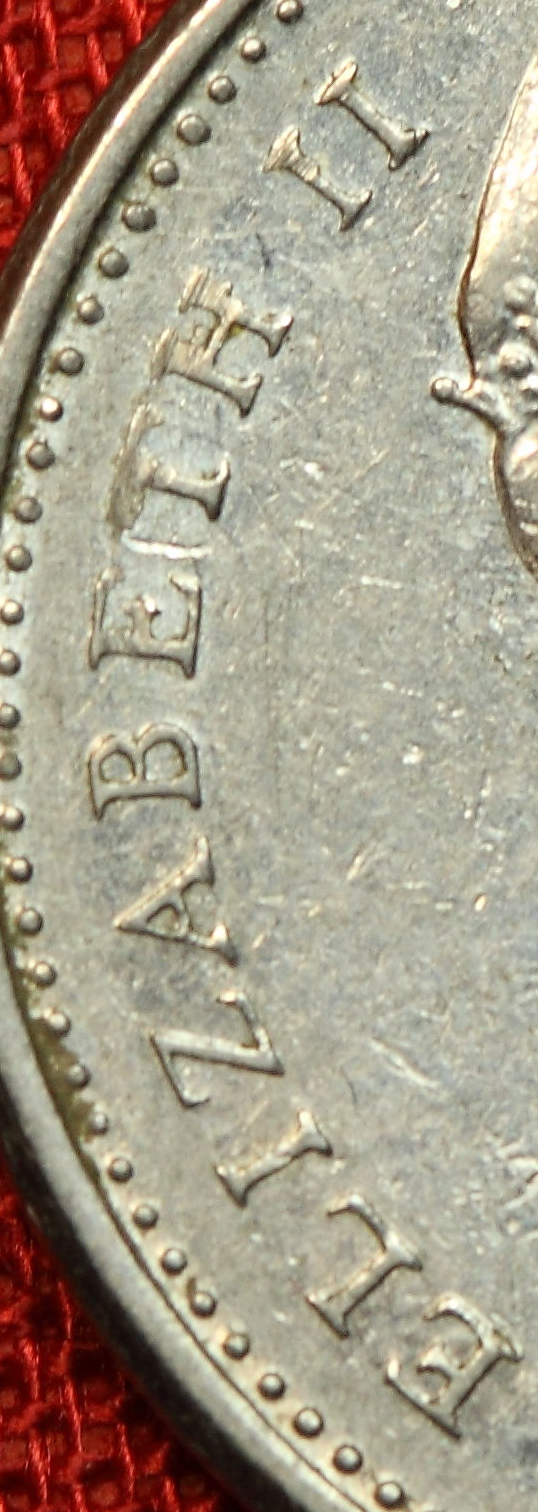
ELIZABETH II